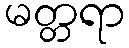
မတ္တရာ